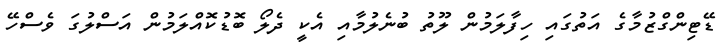
ޑޭޓިންގްޒުމާގެ އަތުގައި ހިފާލަމުން ލޫތު ބުނެލުމާއި އެކީ ދެލޯ ބޮޑުކޮއްލަމުން އަސްލުގަ ވެސްހޭ